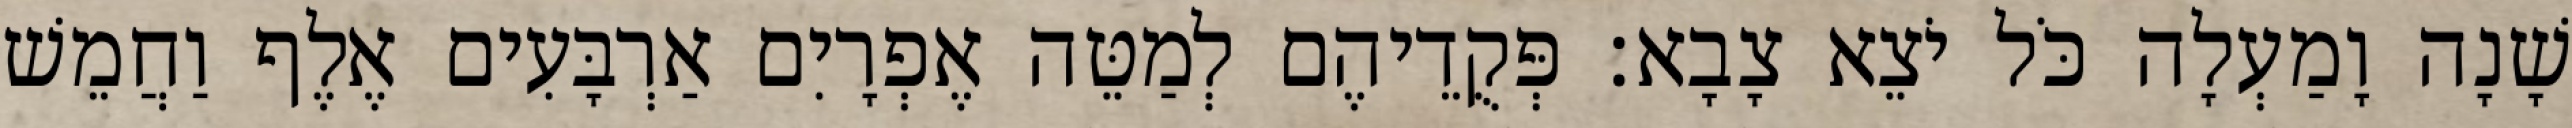
שָׁנָה וָמַעְלָה כֹּל יֹצֵא צָבָא׃ פְּקֻדֵיהֶם לְמַטֵּה אֶפְרָיִם אַרְבָּעִים אֶלֶף וַחֲמֵשׁ